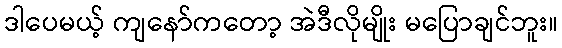
ဒါပေမယ့် ကျနော်ကတော့ အဲဒီလိုမျိုး မပြောချင်ဘူး။